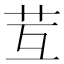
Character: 𦬚